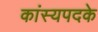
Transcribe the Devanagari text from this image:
कांस्यपदके